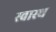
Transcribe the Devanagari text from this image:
स्‍वास्‍थ